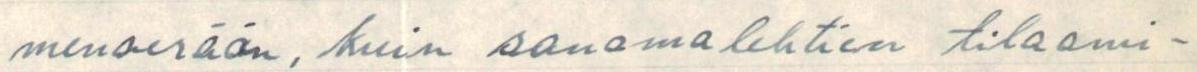
menoerään, kuin sanomalehtien tilaami-